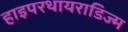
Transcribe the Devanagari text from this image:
हाइपरथायराडिज्म